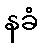
နခံ